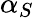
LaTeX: \alpha_{S}